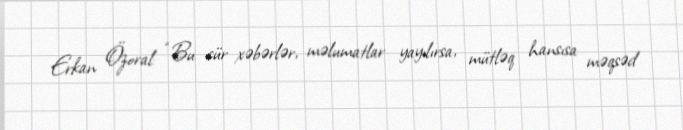
Erkan Özoral: “Bu cür xəbərlər, məlumatlar yayılırsa, mütləq hansısa məqsəd